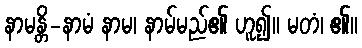
နာမန္တိ-နာမံ နာမ၊ နာမ်မည်၏ ဟူ၍။ မတံ၊ ၏။